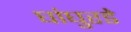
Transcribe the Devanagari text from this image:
घांघुरडे